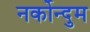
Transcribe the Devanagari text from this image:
नर्कोन्दुम